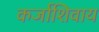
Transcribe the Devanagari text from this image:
कर्जाशिवाय